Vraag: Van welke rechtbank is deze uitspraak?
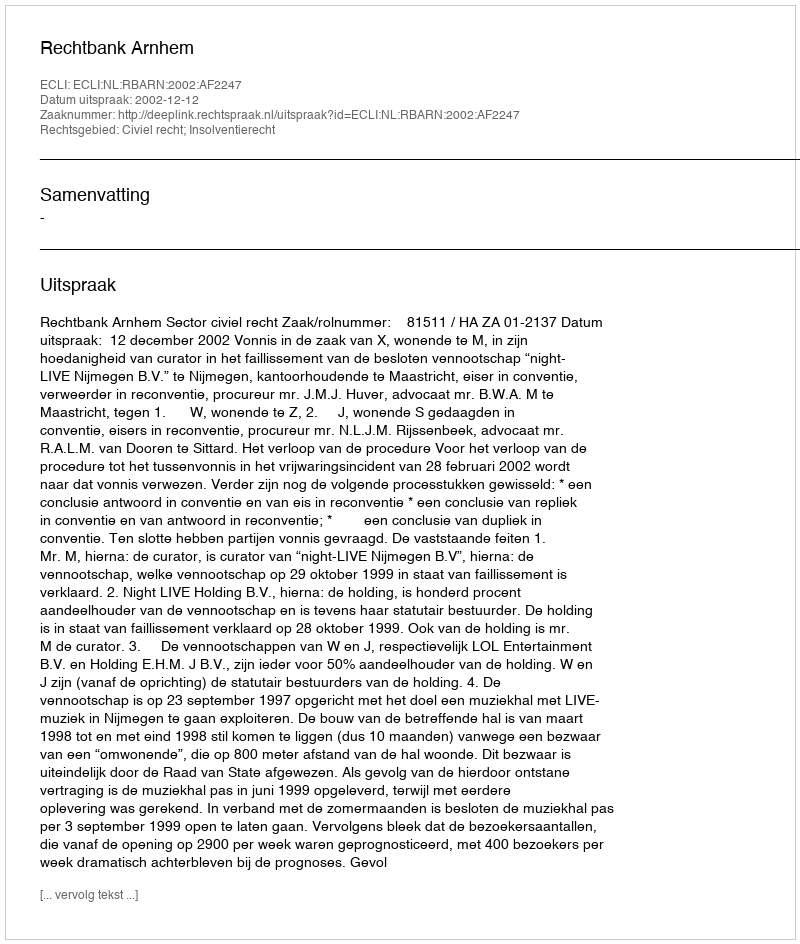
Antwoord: Rechtbank Arnhem